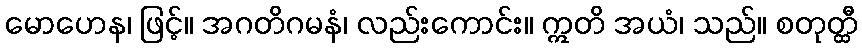
မောဟေန၊ ဖြင့်။ အဂတိဂမနံ၊ လည်းကောင်း။ ဣတိ အယံ၊ သည်။ စတုတ္ထီ